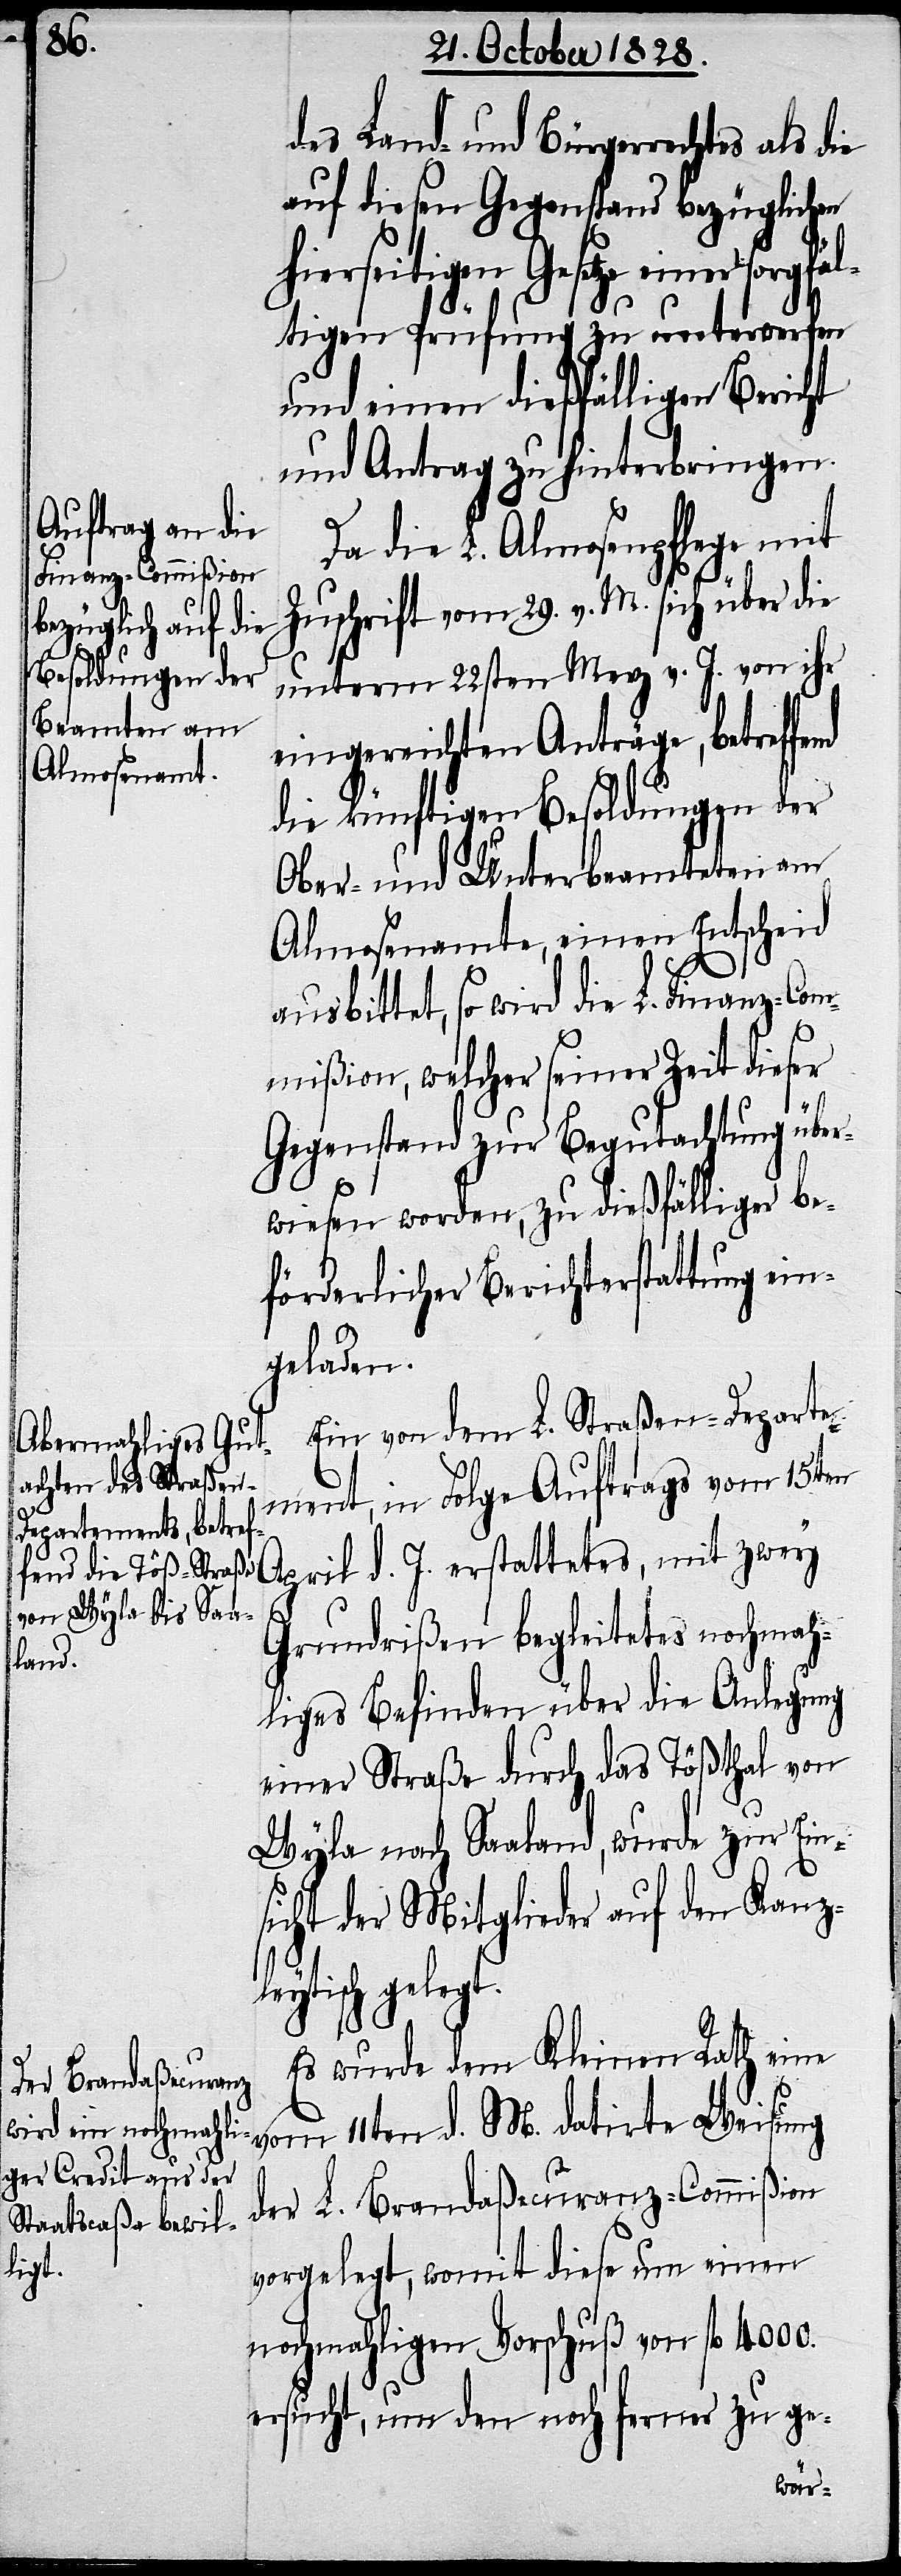
des Land- und Bürgerrechtes als
auf diesen Gegenstand bezüglichen
hierseitigen Gesetze einer sorg¬
tigen Prüfung zu unterwerfen
und einen dießfälligen Bericht
und Antrag zu hinterbringen.
Da die L. Almosenpflege mit
Zuschrift vom 29. v. M. sich über die
unterm 22sten Merz v. J. von ihr
eingereichten Anträge, betreffe¬
die künftigen Besoldungen der
Ober- und Unterbeamteten am
Almosenamte, einen Entscheid
ausbittet, so wird die L. Finanz-Com¬
mißion, welcher seiner Zeit dieser
Gegenstand zur Begutachtung über¬
wiesen worden, zu dießfälliger be¬
förderlicher Berichterstattung ein¬
geladen.
Ein vom dem L. Straßen-Departe¬
ment, in Folge Auftrags vom 15ten
April d. J. erstattetes, mit zwey
Grundrißen begleitetes nochmah¬
liges Befinden über die Anlegung
einer Straße durch das Tößthal von
Wyla nach Saaland, wurde zur Ein¬
sicht der Mitglieder auf den Kanz¬
leytisch gelegt.
Es wurde dem Kleinen Rath eine
nd
vom 11ten d. M. datirte Weisung
der L. Brandaßecuranz-Commißion
vorgelegt, womit diese um einen
nochmahligen Vorschuß von fl. 4000.
ersucht, um den noch ferner zu ge-
fäl¬